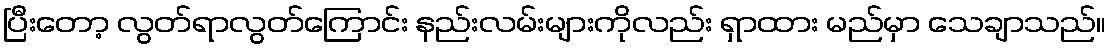
ပြီးတော့ လွတ်ရာလွတ်ကြောင်း နည်းလမ်းများကိုလည်း ရှာထား မည်မှာ သေချာသည်။